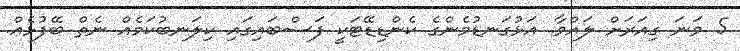
5 ވަނަ ގިއަރަށް ލައްވާ. އަޅުގަނޑުމެންގެ ކެންޑިޑޭޓަކީ ފަސްބައިގައި ކިލަނބުކަމެއް ނެތް ބޭފުޅެއް.